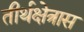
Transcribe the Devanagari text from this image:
तीर्थक्षेत्रास